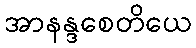
အာနန္ဒစေတိယေ